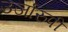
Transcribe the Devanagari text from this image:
उर्जारुपी